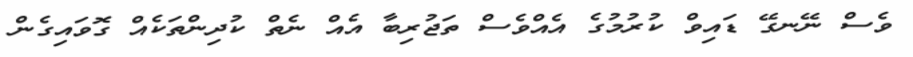
ވެސް ނޭނގޭ ޑައިވް ކުރުމުގެ އެއްވެސް ތަޖުރިބާ އެއް ނެތް ކުދިންތަކެއް ގޮވައިގެން